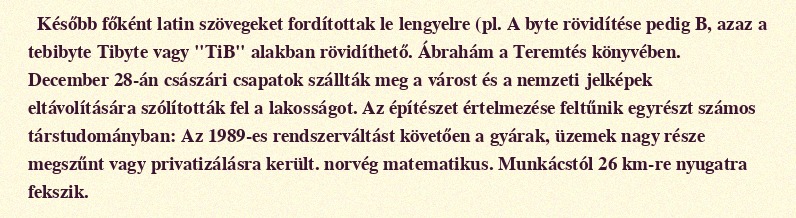
Később főként latin szövegeket fordítottak le lengyelre (pl. A byte rövidítése pedig B, azaz a tebibyte Tibyte vagy "TiB" alakban rövidíthető. Ábrahám a Teremtés könyvében. December 28-án császári csapatok szállták meg a várost és a nemzeti jelképek eltávolítására szólították fel a lakosságot. Az építészet értelmezése feltűnik egyrészt számos társtudományban: Az 1989-es rendszerváltást követően a gyárak, üzemek nagy része megszűnt vagy privatizálásra került. norvég matematikus. Munkácstól 26 km-re nyugatra fekszik.